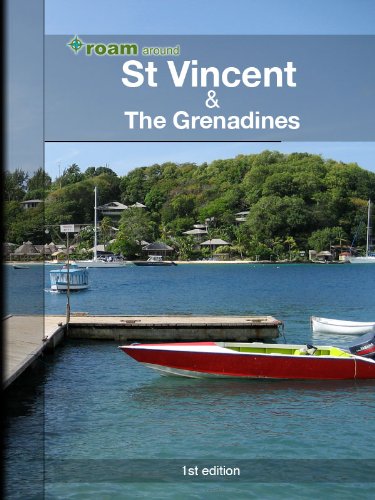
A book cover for roam around St Vincent & the Grenadines; A R  Corbin; Travel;